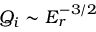
Q _ { i } \sim E _ { r } ^ { - 3 / 2 }